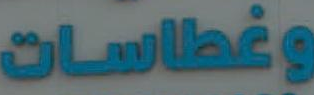
وغطاسات